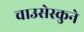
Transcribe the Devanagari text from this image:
चाउसेस्कुने